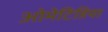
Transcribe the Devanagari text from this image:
ओमेटिडिया